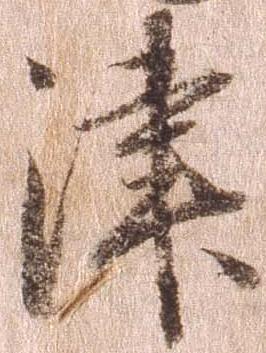
津